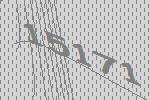
15171